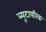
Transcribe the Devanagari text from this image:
ब्यूटायरिक